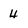
Character: 4